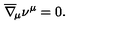
\overline { \nabla } _ { \! \mu } \nu ^ { \mu } = 0 .